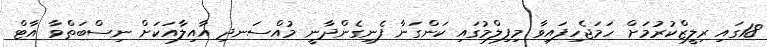
18ގައި ރިލީޒްކުރުމަށް ހަމަޖެހިފައިވާ މިފިލްމުގައި ކަންގަނާ ފެނިގެންދާނީ މުއްސަނދި އާއިލާއަކަށް ނިސްބަތްވާ އާޓް